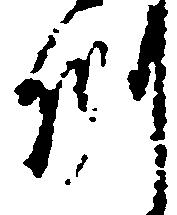
州